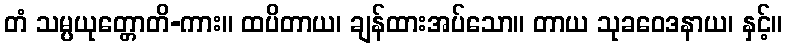
တံ သမ္ပယုတ္တောတိ-ကား။ ထပိတာယ၊ ချန်ထားအပ်သော။ တာယ သုခဝေဒနာယ၊ နှင့်။